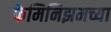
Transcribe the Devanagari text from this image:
फेमिनिझमच्या